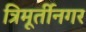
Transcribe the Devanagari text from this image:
त्रिमूर्तीनगर